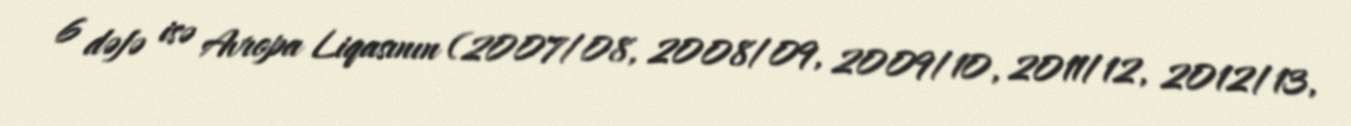
6 dəfə isə Avropa Liqasının (2007/08, 2008/09, 2009/10, 2011/12, 2012/13,